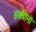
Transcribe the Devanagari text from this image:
अक्वीनो